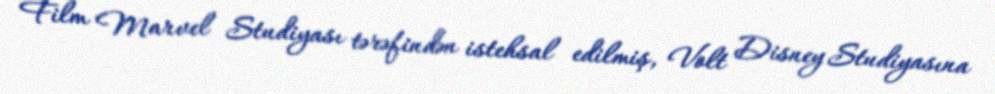
Film Marvel Studiyası tərəfindən istehsal edilmiş, Volt Disney Studiyasına